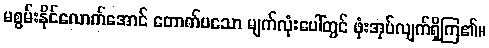
မစွမ်းနိုင်လောက်အောင် တောက်ပသော မျက်လုံးပေါ်တွင် ဖုံးအုပ်လျက်ရှိကြ၏။